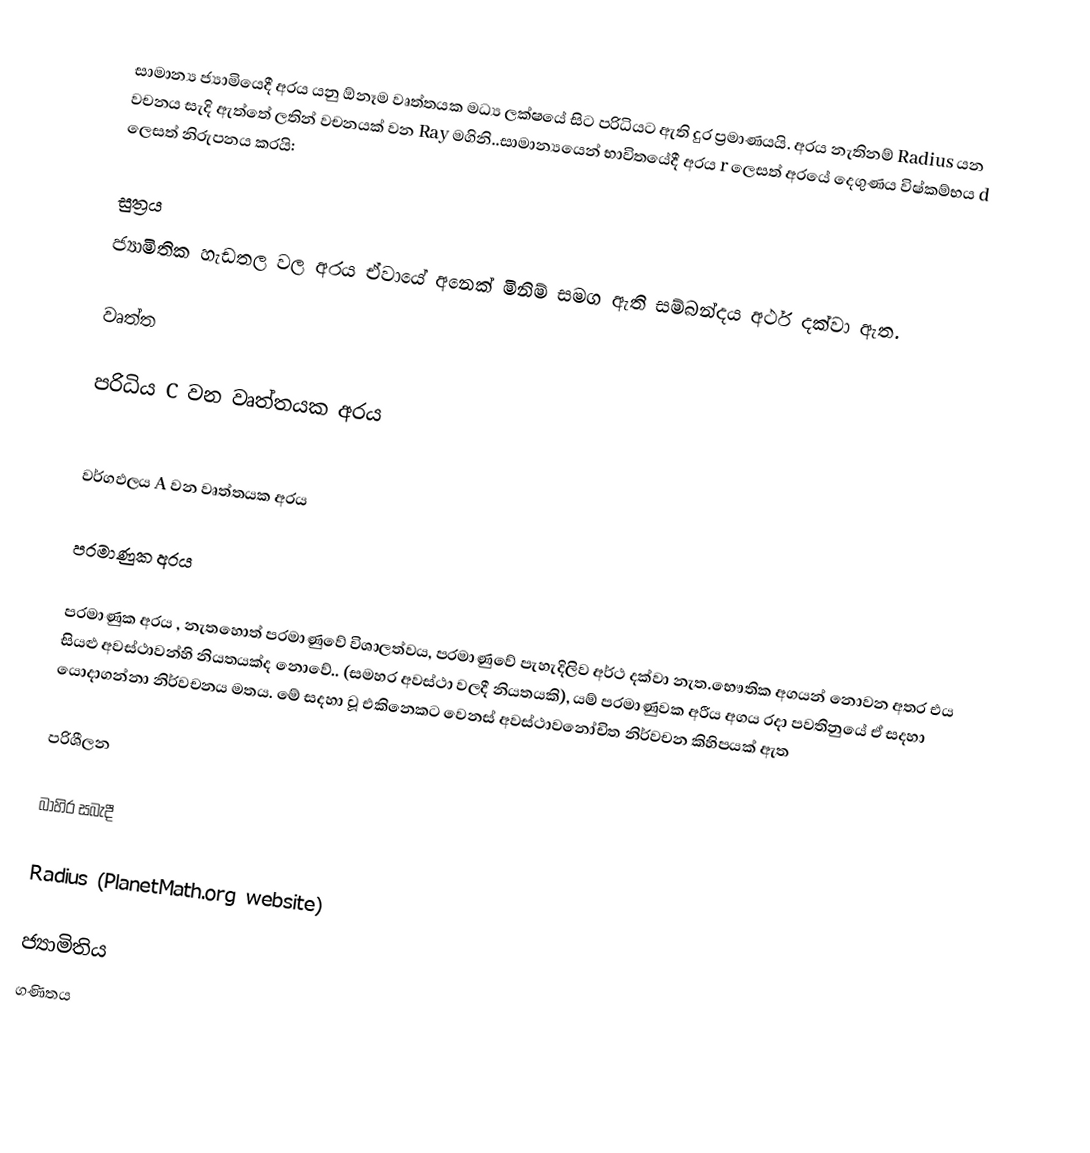
සාමාන්‍ය ජ්‍යාමියෙදී අරය යනු ඕනෑම වෘත්තයක මධ්‍ය ලක්ෂයේ සිට පරිධියට ඇති දුර ප්‍රමාණයයි. අරය නැතිනම් Radius යන වචනය සැදි ඇත්තේ ලතින් වචනයක් වන Ray මගිනි..සාමාන්‍යයෙන් භාවිතයේදී අරය r ලෙසත් අරයේ දෙගුණය විෂ්කම්භය d ලෙසත් නිරුපනය කරයි:

සුත්‍රය
ජ්‍යාමිතික හැඩතල වල අරය ඒවායේ අනෙක් මිනිම් සමග ඇති සම්බන්දය අර්ථ දක්වා ඇත.

වෘත්ත

පරිධිය C වන වෘත්තයක අරය

වර්ගඵලය A වන වෘත්තයක අරය

පරමාණුක අරය

පරමාණුක අරය , නැතහොත් පරමාණුවේ විශාලත්වය, පරමාණුවේ පැහැදිලිව අර්ථ දක්වා නැත.භෞතික අගයන් නොවන අතර එය සියළු අවස්ථාවන්හි නියතයක්ද නොවේ.. (සමහර අවස්ථා වලදී නියතයකි), යම් පරමාණුවක අරීය අගය රදා පවතිනුයේ ඒ සදහා යොදාගන්නා නිර්වචනය මතය. මේ සදහා වූ එකිනෙකට වෙනස් අවස්ථාවනෝචිත නිර්වචන කිහිපයක් ඇත

පරිශීලන

බාහිර සබැදී

 Radius (PlanetMath.org website)

ජ්‍යාමිතිය
ගණිතය